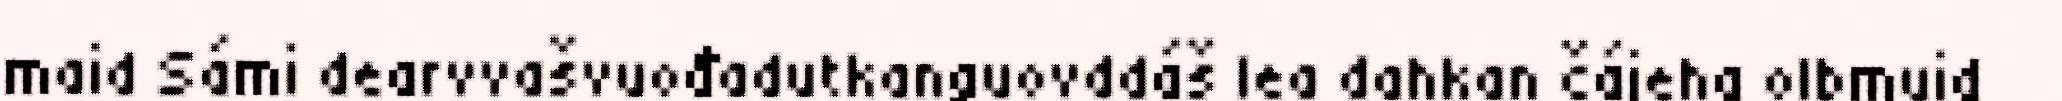
maid Sámi dearvvašvuođadutkanguovddáš lea dahkan čájeha olbmuid